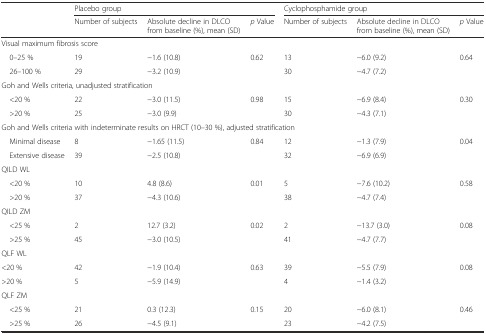
<table><thead><tr><td></td><td colspan="3"><b>Placebo group</b></td><td colspan="3"><b>Cyclophosphamide group</b></td></tr><tr><td></td><td><b>Number of subjects</b></td><td><b>Absolute decline in DLCO from baseline (%), mean (SD)</b></td><td><b><i>p</i> Value</b></td><td><b>Number of subjects</b></td><td><b>Absolute decline in DLCO from baseline (%), mean (SD)</b></td><td><b><i>p</i> Value</b></td></tr></thead><tbody><tr><td colspan="7">Visual maximum fibrosis score</td></tr><tr><td> 0–25 %</td><td>19</td><td>−1.6 (10.8)</td><td rowspan="2">0.62</td><td>13</td><td>−6.0 (9.2)</td><td rowspan="2">0.64</td></tr><tr><td> 26–100 %</td><td>29</td><td>−3.2 (10.9)</td><td>30</td><td>−4.7 (7.2)</td></tr><tr><td colspan="7">Goh and Wells criteria, unadjusted stratification</td></tr><tr><td> &lt;20 %</td><td>22</td><td>−3.0 (11.5)</td><td rowspan="2">0.98</td><td>15</td><td>−6.9 (8.4)</td><td rowspan="2">0.30</td></tr><tr><td> &gt;20 %</td><td>25</td><td>−3.0 (9.9)</td><td>30</td><td>−4.3 (7.1)</td></tr><tr><td colspan="7">Goh and Wells criteria with indeterminate results on HRCT (10–30 %), adjusted stratification</td></tr><tr><td> Minimal disease</td><td>8</td><td>−1.65 (11.5)</td><td rowspan="2">0.84</td><td>12</td><td>−1.3 (7.9)</td><td rowspan="2">0.04</td></tr><tr><td> Extensive disease</td><td>39</td><td>−2.5 (10.8)</td><td>32</td><td>−6.9 (6.9)</td></tr><tr><td colspan="7">QILD WL</td></tr><tr><td> &lt;20 %</td><td>10</td><td>4.8 (8.6)</td><td rowspan="2">0.01</td><td>5</td><td>−7.6 (10.2)</td><td rowspan="2">0.58</td></tr><tr><td> &gt;20 %</td><td>37</td><td>−4.3 (10.6)</td><td>38</td><td>−4.7 (7.4)</td></tr><tr><td colspan="7">QILD ZM</td></tr><tr><td> &lt;25 %</td><td>2</td><td>12.7 (3.2)</td><td rowspan="2">0.02</td><td>2</td><td>−13.7 (3.0)</td><td rowspan="2">0.08</td></tr><tr><td> &gt;25 %</td><td>45</td><td>−3.0 (10.5)</td><td>41</td><td>−4.7 (7.7)</td></tr><tr><td colspan="7">QLF WL</td></tr><tr><td>&lt;20 %</td><td>42</td><td>−1.9 (10.4)</td><td rowspan="2">0.63</td><td>39</td><td>−5.5 (7.9)</td><td rowspan="2">0.08</td></tr><tr><td>&gt;20 %</td><td>5</td><td>−5.9 (14.9)</td><td>4</td><td>−1.4 (3.2)</td></tr><tr><td colspan="7">QLF ZM</td></tr><tr><td> &lt;25 %</td><td>21</td><td>0.3 (12.3)</td><td rowspan="2">0.15</td><td>20</td><td>−6.0 (8.1)</td><td rowspan="2">0.46</td></tr><tr><td> &gt;25 %</td><td>26</td><td>−4.5 (9.1)</td><td>23</td><td>−4.2 (7.5)</td></tr></tbody></table>